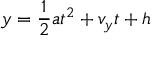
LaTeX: y = { \frac { 1 } { 2 } } a t ^ { 2 } + v _ { y } t + h